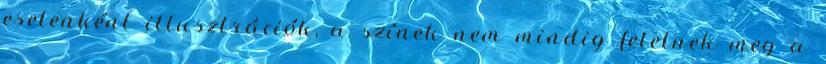
esetenként illusztrációk, a színek nem mindig felelnek meg a